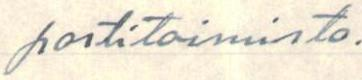
postitoimisto.